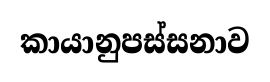
කායානුපස්සනාව